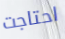
احتاجت